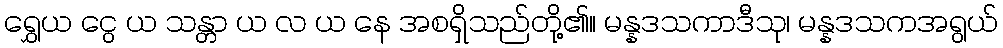
ရွှေယ ငွေ ယ သန္တာ ယ လ ယ နေ အစရှိသည်တို့၏။ မန္နဒသကာဒီသု၊ မန္နဒသကအရွယ်